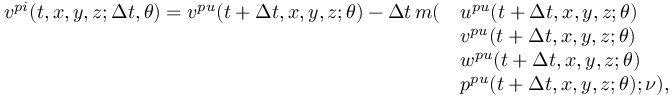
\begin{array} { r l } { v ^ { p i } ( t , x , y , z ; \Delta t , \theta ) = v ^ { p u } ( t + \Delta t , x , y , z ; \theta ) - \Delta t \, m ( } & { u ^ { p u } ( t + \Delta t , x , y , z ; \theta ) } \\ & { v ^ { p u } ( t + \Delta t , x , y , z ; \theta ) } \\ & { w ^ { p u } ( t + \Delta t , x , y , z ; \theta ) } \\ & { p ^ { p u } ( t + \Delta t , x , y , z ; \theta ) ; \nu ) , } \end{array}